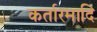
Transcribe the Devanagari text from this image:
कर्तारमादि